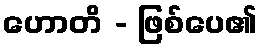
ဟောတိ - ဖြစ်ပေ၏